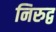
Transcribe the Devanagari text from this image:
निरुद्व